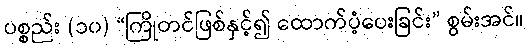
ပစ္စည်း (၁၀) “ကြိုတင်ဖြစ်နှင့်၍ ထောက်ပံ့ပေးခြင်း” စွမ်းအင်။